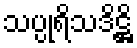
သပ္ပုရိသဒိဋ္ဌိ